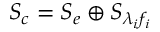
{ { S _ { c } } } = { { S _ { e } } } \oplus { { S } _ { { \lambda } _ { i } { f } _ { i } } }